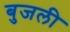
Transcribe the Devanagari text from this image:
बुजली